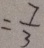
= \frac { 7 } { 3 }